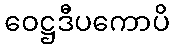
ဝေဋ္ဌဒီပကောပိ